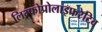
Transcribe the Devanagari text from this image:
लिम्फोप्रोलाइफरेटिव